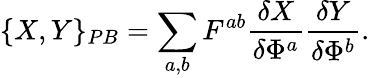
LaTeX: \{ X,Y\} _{PB}=\sum_{a,b}F^{ab}\frac{\delta X}{\delta\Phi^{a}}\frac{\delta Y}{\delta\Phi^{b}}.